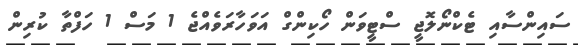
ސައިންސާއި ޓެކްނޯލޮޖީ ސްޓީވަން ހޯކިންގް އަވަހާރަވެއްޖެ 1 މަސް 1 ހަފްތާ ކުރިން